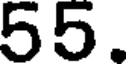
55.